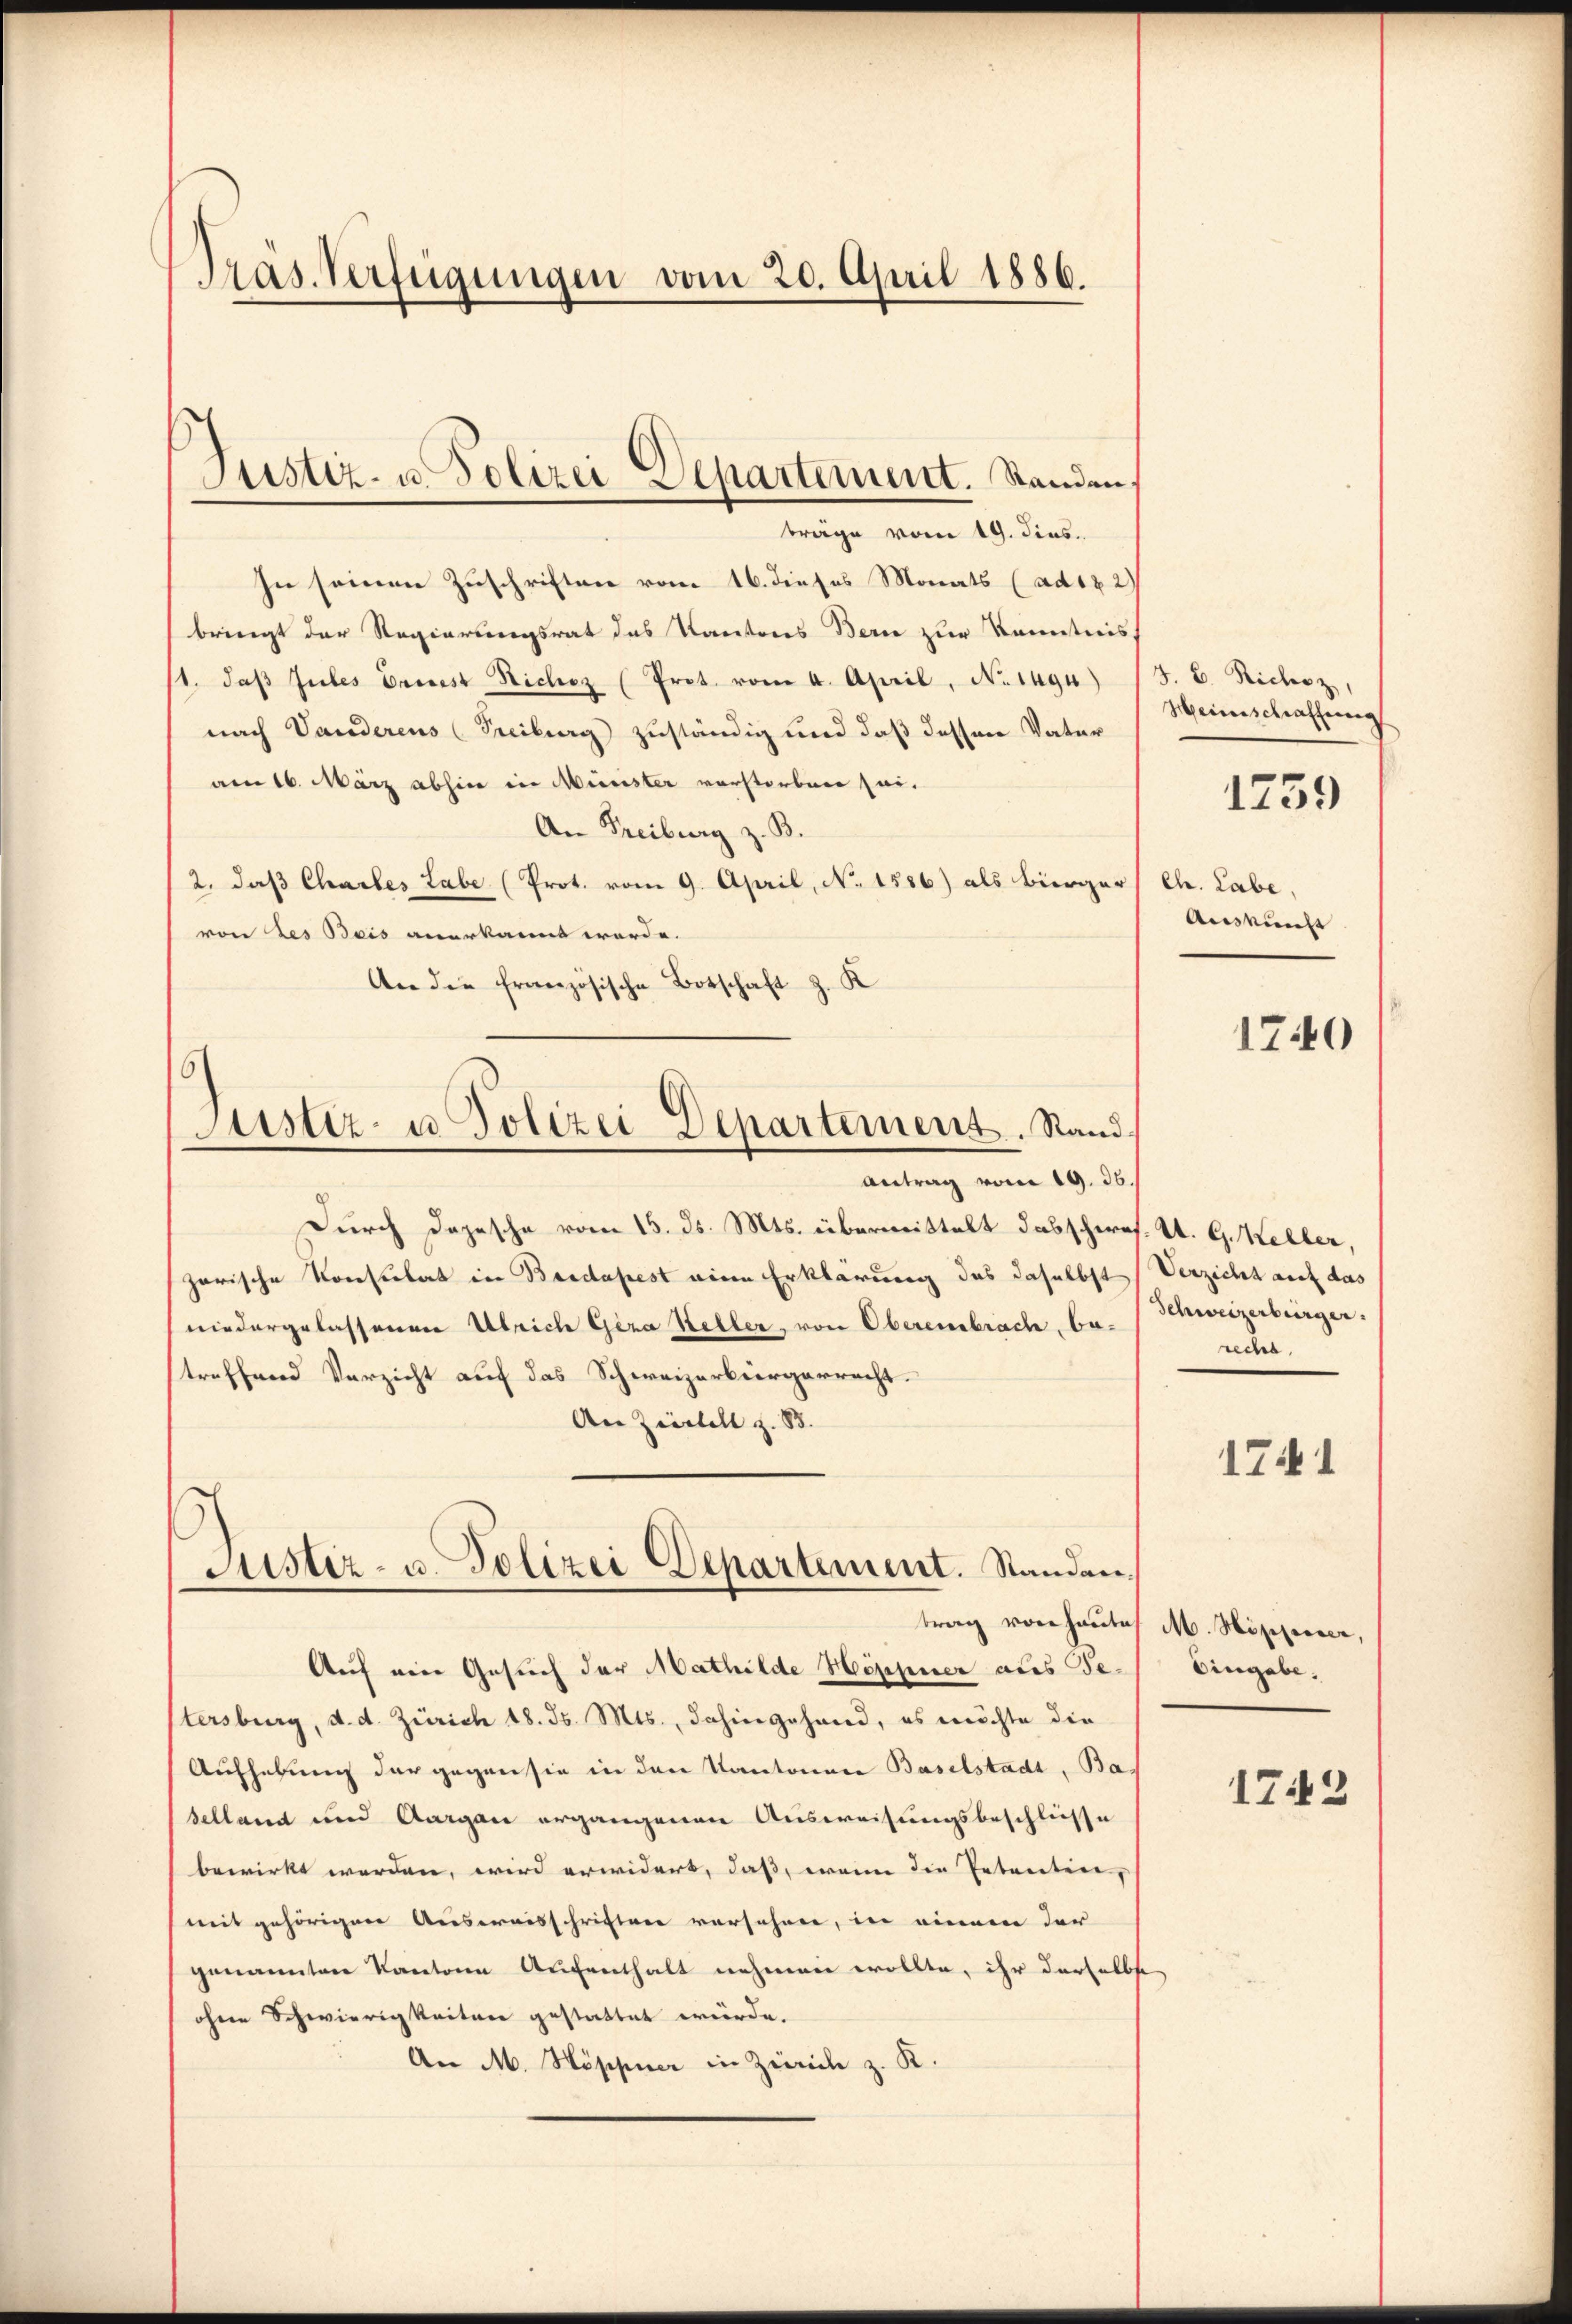
Präs. Verfügungen vom 20. April 1886.

Justiz- u. Polizei Departement. Standen
träge vom 19. dies

In seinen Zuschriften vom 16. dieses Monats (ad182)
bringt der Regierungsrat das Kantons Berne zur Kenntniss
1. daβ Jules Griest Nichoz (Prot. vom 4. April, No. 1494)
nach Vanderens (Freiburg zuständig und daß dessen Vater
am 16. März abhin in Münster vorstorben sei.
An Freiburg z. B.
2. daß Chartes tabe (Prot. vom 9. April, No 1586) als Bürger
von des Bois anerkannt werde.
An die französische Botschaft z. K
6
Justiz- u. Polizei Departement. Sand¬
Antrag vom 19. 36.
Durch Dojesche vom 15. ds. Mts. übermittelt das schwef. U. G. Keller,
zarische Konsulat in Bridapest eine Erklärung das daselbst
niedergelassenen Ulrich Gera Keller, von Obereinbrach, be-
treffend Verzicht auf das Schweizerbürgerrecht.
An Ziertell z. B.
Justiz- u. Polizei Departement. Standen.

trag von heute M. Hopposer,

J. B. Richoz,
Hinschaffung
1759

Auf eine Gesuch der Mathilde Höppner als Getersburg, d. d. Zürich 18. ds. Mts., dahingehand, es möchte die
Aufhebung der gegen sie in den Kantonen Baselstadt, Bas
selland und Aargau ergangenen Ausweisungsbeschliesse
bewirkt werden, wird erwidert, daß, wenn die Petenten,
(mit gehörigen Ausweisschriften versehen, in einem der
genannten Kantone Aufenthalt nehmen wollte, ihr derselbst
ohne Schwierigkeiten gestattet würde.
An M. Höppier in Zürich z. K.

Ch. Labe,
Ausmacht

1740

Verzicht auf das
Schweizerbürger.
recht.

1741

Eingabe.

1743